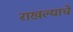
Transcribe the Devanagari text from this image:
राखल्याचे